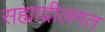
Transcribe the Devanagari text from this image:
सह्याद्रीलगत